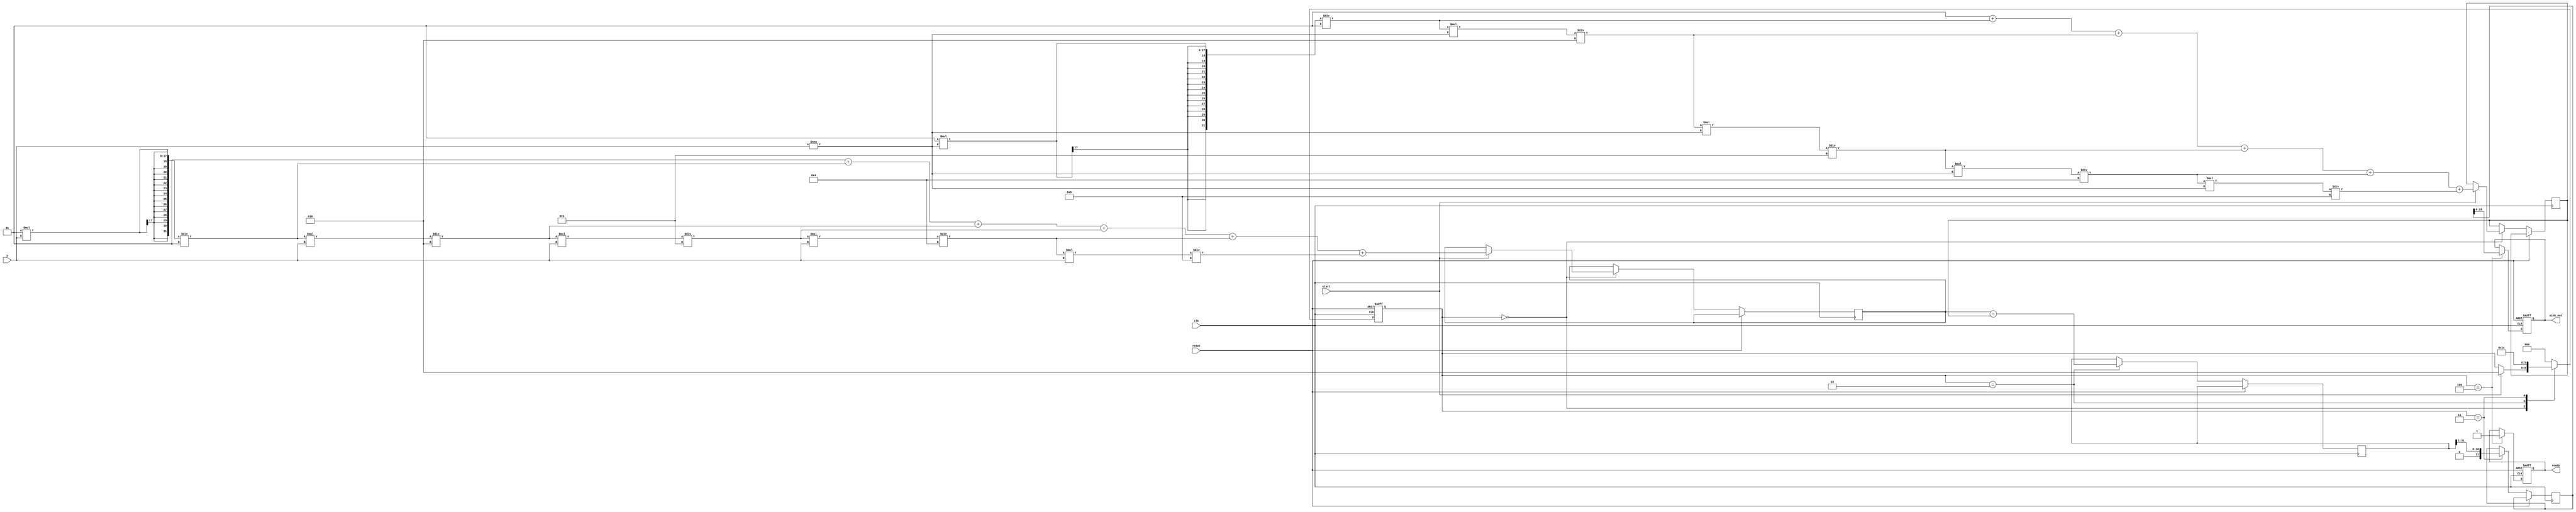
module hyperbolic_sine (
    input wire signed [15:0] x,        // 16-bit signed input
    output reg signed [15:0] sinh_out,  // 16-bit signed output
    input wire clk,
    input wire reset,
    input wire start,
    output reg ready
);
    // Internal signals
    reg signed [31:0] exp_x;            // 32-bit for e^x
    reg signed [31:0] exp_neg_x;        // 32-bit for e^(-x)
    reg signed [31:0] result_sub;       // Result of e^x - e^(-x)
    reg signed [31:0] division_result;   // Result of (e^x - e^(-x)) / 2

    reg [2:0] state;                    // State machine for control
    parameter IDLE    = 3'd0,
              CALC    = 3'd1,
              SUBTRACT = 3'd2,
              DIVIDE   = 3'd3,
              OUTPUT   = 3'd4;

    // Simple exponential approximation using Taylor series
    function signed [31:0] exp_approx;
        input signed [15:0] val;
        integer i;
        reg signed [31:0] term;
        reg signed [31:0] sum;
        begin
            sum = 32'd1; // Start with 1 (0! term)
            term = 32'd1; // First term is 1
            
            // Calculate the series expansion (up to x^5 / 5!)
            for (i = 1; i <= 5; i = i + 1) begin
                term = term * val / i; // Generate the next term
                sum = sum + term; // Add to sum
            end
            exp_approx = sum;
        end
    endfunction

    // State machine
    always @(posedge clk or posedge reset) begin
        if (reset) begin
            state <= IDLE;
            sinh_out <= 16'd0;
            ready <= 1'b0;
        end else begin
            case (state)
                IDLE: begin
                    if (start) begin
                        // Calculate e^x and e^(-x)
                        exp_x <= exp_approx(x);
                        exp_neg_x <= exp_approx(-x);
                        state <= SUBTRACT;
                    end
                end

                SUBTRACT: begin
                    // Compute e^x - e^(-x)
                    result_sub <= exp_x - exp_neg_x;
                    state <= DIVIDE;
                end

                DIVIDE: begin
                    // Divide by 2 to compute sinh(x)
                    division_result <= result_sub >> 1; // Right shift for division by 2
                    state <= OUTPUT;
                end

                OUTPUT: begin
                    // Prepare output
                    sinh_out <= division_result[15:0];
                    ready <= 1'b1;
                    state <= IDLE;
                end

                default: state <= IDLE;
            endcase
        end
    end

endmodule